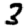
Digit: 3